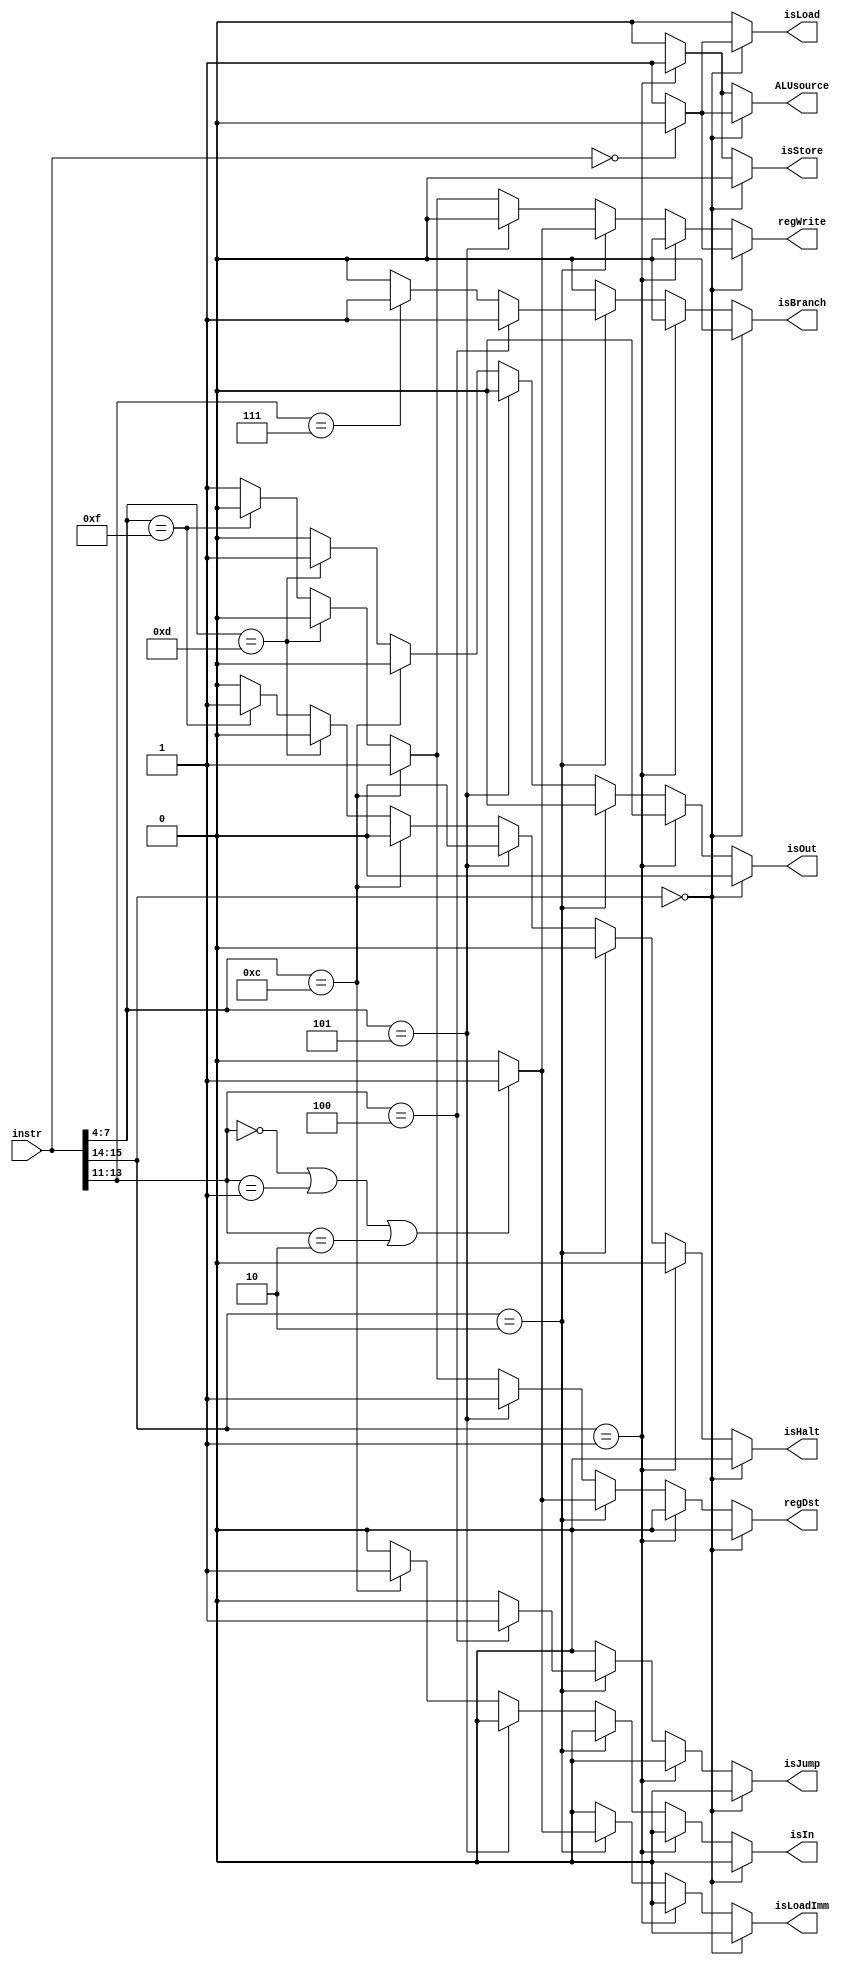
module controller
(
	//input reset,
	input [15:0] instr,
	
	output reg isLoad,
	output reg isStore,
	output reg isLoadImm,
	output reg isJump,
	output reg isBranch,
	output reg isIn,
	output reg isOut, 
	output reg isHalt,
	output reg ALUsource,
	output reg regWrite,
	output reg regDst
);
	
	always @(*) begin
		/*if(reset) begin 
			isLoad <= 1'b0;
			isStore <= 1'b0;
			isLoadImm <= 1'b0;
			isJump <= 1'b0;
			isBranch <= 1'b0;
			isIn <= 1'b0;
			isOut  <= 1'b0;
			isHalt <= 1'b0;
			ALUsource <= 1'b0;
			regWrite <= 1'b0;
			regDst <= 1'b0;
		end 
		else begin*/
			if(instr[15:14] == 2'b00) begin //load
				if(instr == 16'b0000_0000_0000_0000) begin
					isLoad <= 1'b0;
					isStore <= 1'b0;
					isLoadImm <= 1'b0;
					isJump <= 1'b0;
					isBranch <= 1'b0;
					isIn <= 1'b0;
					isOut  <= 1'b0;
					isHalt <= 1'b0;
					ALUsource <= 1'b0;
					regWrite <= 1'b0;
					regDst <= 1'b0;
				end
				else begin 
					isLoad <= 1'b1;
					isStore <= 1'b0;
					isLoadImm <= 1'b0;
					isJump <= 1'b0;
					isBranch <= 1'b0;
					isIn <= 1'b0;
					isOut  <= 1'b0;
					isHalt <= 1'b0;
					ALUsource <= 1'b1;
					regWrite <= 1'b1;
					regDst <= 1'b0;
				end
			end else if(instr[15:14] == 2'b01) begin //store
				isLoad <= 1'b0;
				isStore <= 1'b1;
				isLoadImm <= 1'b0;
				isJump <= 1'b0;
				isBranch <= 1'b0;
				isIn <= 1'b0;
				isOut  <= 1'b0;
				isHalt <= 1'b0;
				ALUsource <= 1'b1;
				regWrite <= 1'b0;
				regDst <= 1'b0;
			end else if(instr[15:14] == 2'b10) begin //
				isLoad <= 1'b0;
				isStore <= 1'b0;
				isLoadImm <= 1'b0;
				isJump <= 1'b0;
				isBranch <= 1'b0;
				isIn <= 1'b0;
				isOut  <= 1'b0;
				isHalt <= 1'b0;
				ALUsource <= 1'b0;
				regWrite <= 1'b0;
				regDst <= 1'b0;
				
				if(instr[13:11] == 3'b000 | instr[13:11] == 3'b001 | instr[13:11] == 3'b010) begin 
					isLoadImm <= 1'b1;
					regWrite <= 1'b1;
					regDst <= 1'b1;
				end
				
				if(instr[13:11] == 3'b100) begin
					isJump <= 1'b1;
					isBranch <= 1'b1;
				end else if(instr[13:11] == 3'b111) begin 
					isBranch <= 1'b1;
				end
				
			end else begin //
				isLoad <= 1'b0;
				isStore <= 1'b0;
				isLoadImm <= 1'b0;
				isJump <= 1'b0;
				isBranch <= 1'b0;
				isIn <= 1'b0;
				isOut  <= 1'b0;
				isHalt <= 1'b0;
				ALUsource <= 1'b0;
				regWrite <= 1'b1;
				regDst <= 1'b1;
				
				if(instr[7:4] == 4'b0101) begin
					regWrite <= 1'b0;
				end 
				else if(instr[7:4] == 4'b1100) begin 
					isIn <= 1'b1;
				end 
				else if(instr[7:4] == 4'b1101) begin 
					isOut <= 1'b1;
					regDst <= 1'b0;
					regWrite <= 1'b0;
				end 
				else if(instr[7:4] == 4'b1111) begin 
					isHalt <= 1'b1;
					regDst <= 1'b0;
					regWrite <= 1'b0;
				end
			end 
		//end
	end
	
endmodule